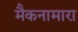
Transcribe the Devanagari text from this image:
मैकनामारा